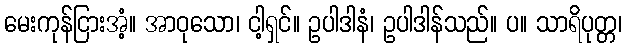
မေးကုန်ငြားအံ့။ အာဝုသော၊ ငါ့ရှင်။ ဥပါဒါနံ၊ ဥပါဒါန်သည်။ ပ။ သာရိပုတ္တ၊